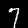
Label: 7